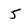
Character: 5